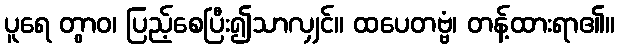
ပူရေ တွာဝ၊ ပြည့်စေပြီး၍သာလျှင်။ ထပေတဗ္ဗံ၊ တန့်ထားရာ၏။